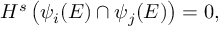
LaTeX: H ^ { s } \left( \psi _ { i } ( E ) \cap \psi _ { j } ( E ) \right) = 0 ,